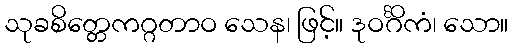
သုခစိတ္တေကဂ္ဂတာဝ သေန၊ ဖြင့်။ ဒုဝင်္ဂိကံ၊ သော။